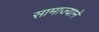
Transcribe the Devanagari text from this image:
सामाज्याने